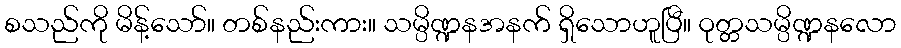
စသည်ကို မိန့်သော်။ တစ်နည်းကား။ သမ္ပိဏ္ဍနအနက် ရှိသောဟူပြီ။ ဝုတ္တသမ္ပိဏ္ဍနလော